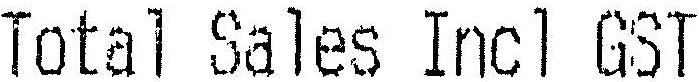
TOTAL SALES INCL GST